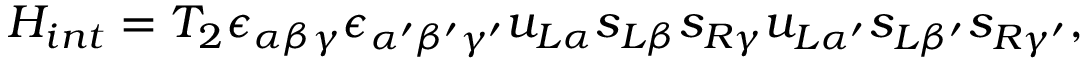
{ \cal H } _ { i n t } = T _ { 2 } \epsilon _ { \alpha \beta \gamma } \epsilon _ { \alpha ^ { \prime } \beta ^ { \prime } \gamma ^ { \prime } } u _ { L \alpha } s _ { L \beta } s _ { R \gamma } u _ { L \alpha ^ { \prime } } s _ { L \beta ^ { \prime } } s _ { R \gamma ^ { \prime } } ,